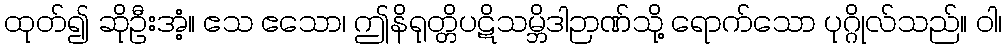
ထုတ်၍ ဆိုဦးအံ့။ ဧသ ဧသော၊ ဤနိရုတ္တိပဋိသမ္ဘိဒါဉာဏ်သို့ ရောက်သော ပုဂ္ဂိုလ်သည်။ ဝါ၊